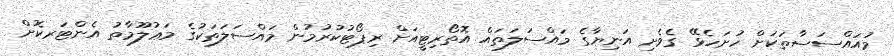
މުއައްސަސާތަކަށް ހުށަހެޅޭ ގެވެށި އަނިޔާގެ މައްސަލަތައް އޮތޯރިޓީއަށް ރިޕޯޓުކުރުމުން މައްސަލަތަކުގެ މަޢުލޫމާތު އެންޓަރކޮށް